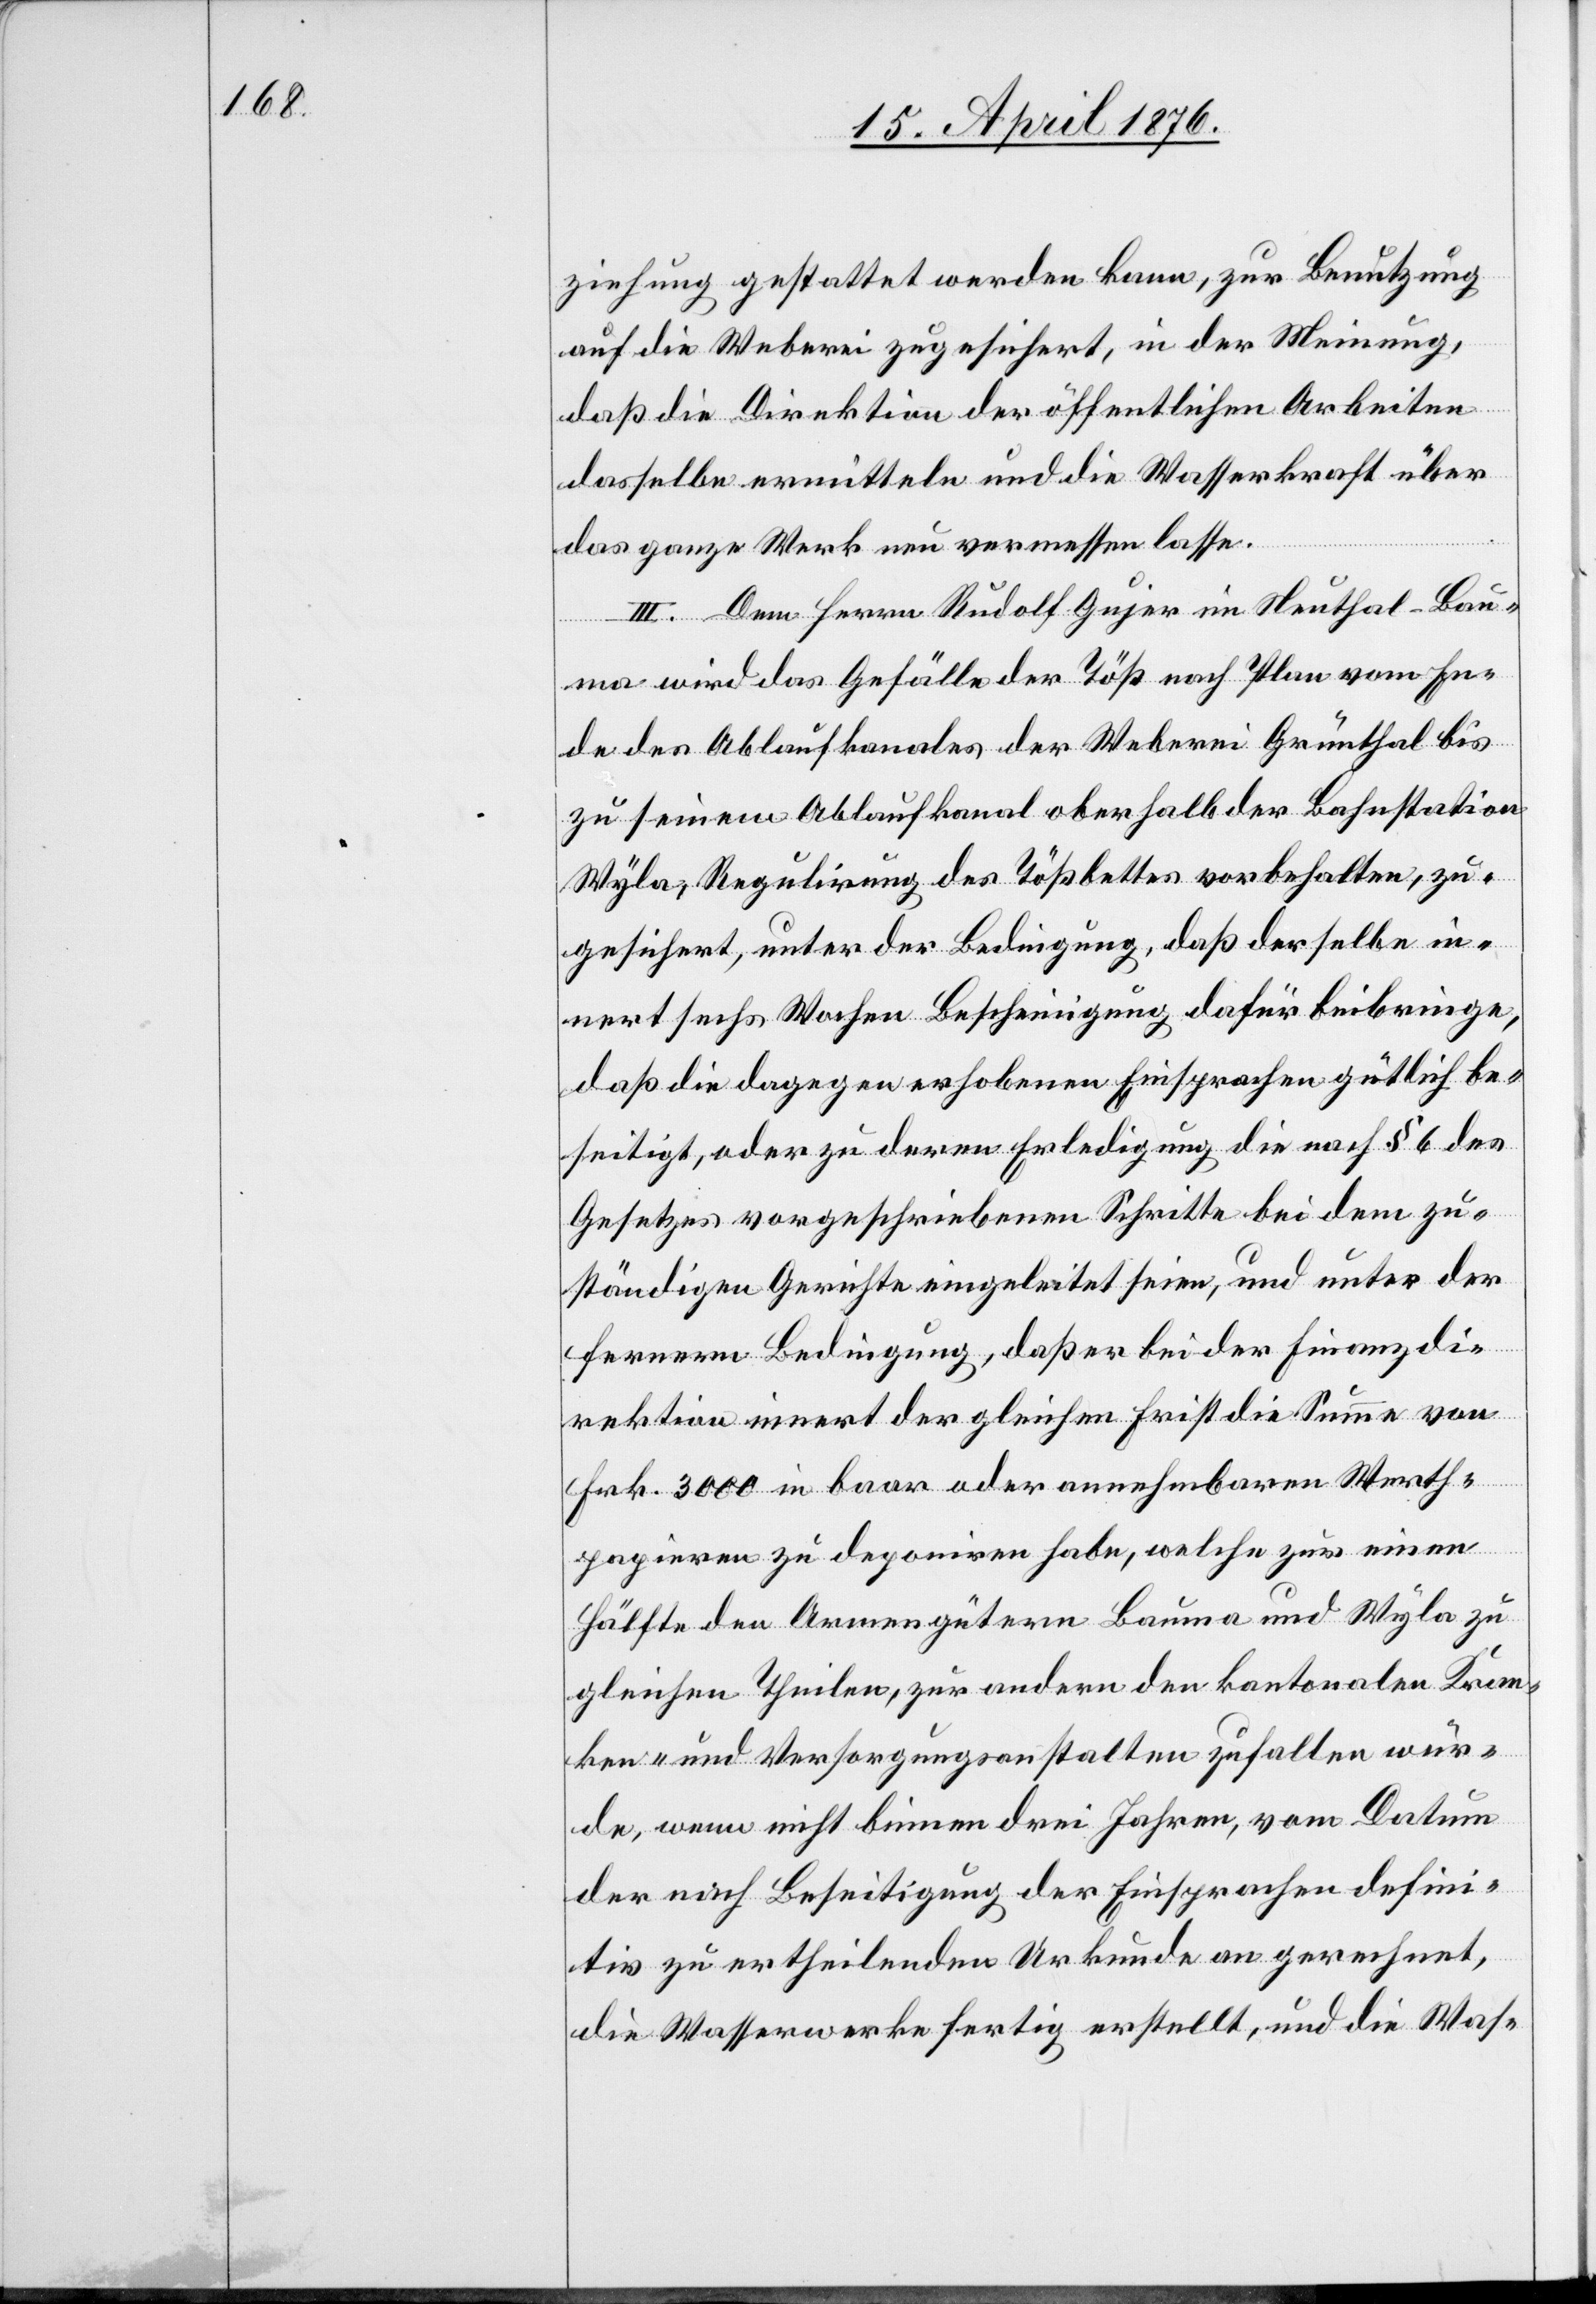
ziehung gestattet werden kann, zur Benutzung
auf die Weberei zugesichert, in der Meinung
daß die Direktion der öffentlichen Arbeiten
dasselbe ermitteln und die Wasserkraft über
das ganze Werk vermessen lasse.
III. Dem Herrn Rudolf Gujer im Neuthal-Bau¬
ma wird das Gefälle der Töß nach Plan vom En¬
de des Ablaufkanales der Weberei Grünthal bis
zu seinem Ablaufkanal oberhalb der Bahnstation
Wyla, Regulirung des Tößbettes vorbehalten, zu¬
gesichert, unter der Bedingung, daß derselbe in¬
nert sechs Wochen Bescheinigung dafür beibringe,
daß die dagegen erhobenen Einsprachen gütlich be¬
seitigt, oder zu deren Erledigung die nach § 6 des
Gesetzes vorgeschriebenen Schritte bei dem zu¬
ständigen Gerichte eingeleitet seien, und unter der
fernern Bedingung, daß er bei der Finanzdi¬
rektion innert der gleichen Frist die Summe von
Frk 3000 in baar oder annehmbaren Werth¬
papieren zu deponiren habe, welche zur einen
Hälfte den Armengütern Bauma und Wyla zu
gleichen Theilen, zur andern den kantonalen Kran¬
ken- und Versorgungsanstalten zufallen wür¬
de, wenn nicht binnen drei Jahren, vom Datum
der nach Beseitigung der Einsprachen defini¬
tiv zu ertheilenden Urkunde an gerechnet,
die Wasserwerke fertig erstellt, und die Was-